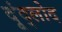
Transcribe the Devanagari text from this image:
दूंद्लोद